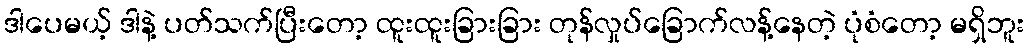
ဒါပေမယ့် ဒါနဲ့ ပတ်သက်ပြီးတော့ ထူးထူးခြားခြား တုန်လှုပ်ခြောက်လန့်နေတဲ့ ပုံစံတော့ မရှိဘူး